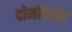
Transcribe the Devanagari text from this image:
दोमोदेदोव